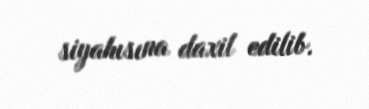
siyahısına daxil edilib.